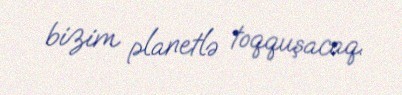
bizim planetlə toqquşacaq.